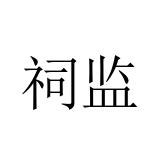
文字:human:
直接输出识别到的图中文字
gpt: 祠监